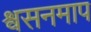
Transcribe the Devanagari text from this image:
श्वसनमाप